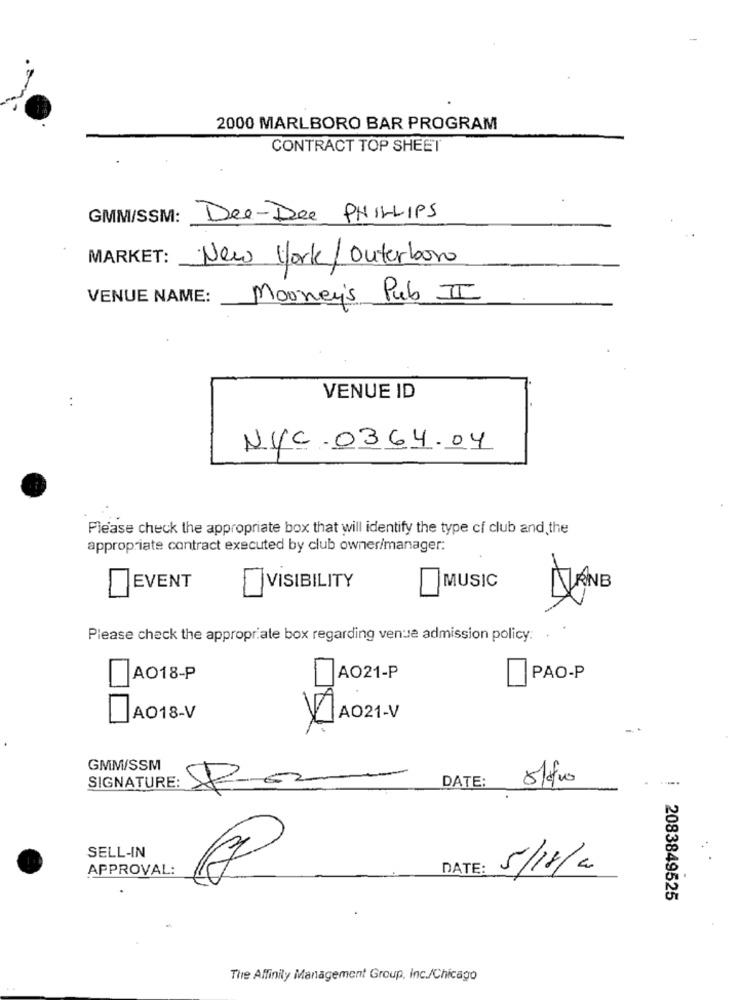
2000 MARLBORO BAR PROGRAM
CONTRACT TOP SHEET
GMM/SSM:
Dee-Dee PHILLIPS
MARKET:
New York/ Outerboro
VENUE NAME:
Mooney's Pub II
..
VENUE ID
NYC .0364.04
Please check the appropriate box that will identify the type cf club and the
appropriate contract executed by club owner/manager:
EVENT
VISIBILITY
MUSIC
DANB
Please check the appropriate box regarding venue admission policy: .
AO18-P
AO21-P
PAO-P
AO18-V
AO21-V
GMM/SSM
SIGNATURE:
DATE:
SELL-IN
APPROVAL:
DATE:
5/18/0
2083849525
The Affinity Management Group, Inc./Chicago